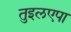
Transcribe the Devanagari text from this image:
तुइलएपा